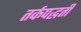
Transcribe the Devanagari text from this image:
तर्कपद्धती